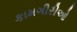
કામગીરીઓ